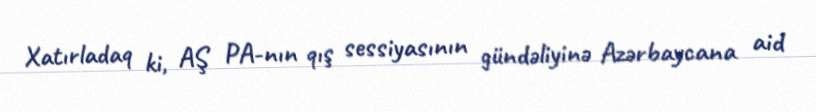
Xatırladaq ki, AŞ PA-nın qış sessiyasının gündəliyinə Azərbaycana aid